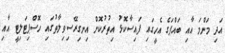
އަދި މަންމަ އާއި ބައްޕަގެ އެހީގައި ފައިސާކޮޅު އިތުރުކޮށް އިނގިރޭސިވިލާތުގައި ހޮސްޕިޓަލިޓީ އާއި